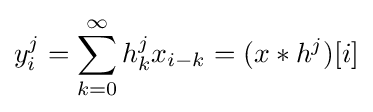
y_{i}^{j}=\sum _{k=0}^{\infty }h_{k}^{j}x_{i-k}=(x*h^{j})[i]